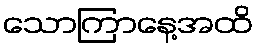
သောကြာနေ့အထိ